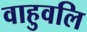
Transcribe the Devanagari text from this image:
वाहुवलि